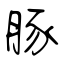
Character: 豚